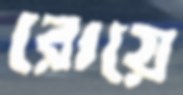
রোয়ে